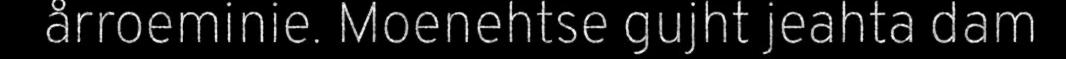
årroeminie. Moenehtse gujht jeahta dam